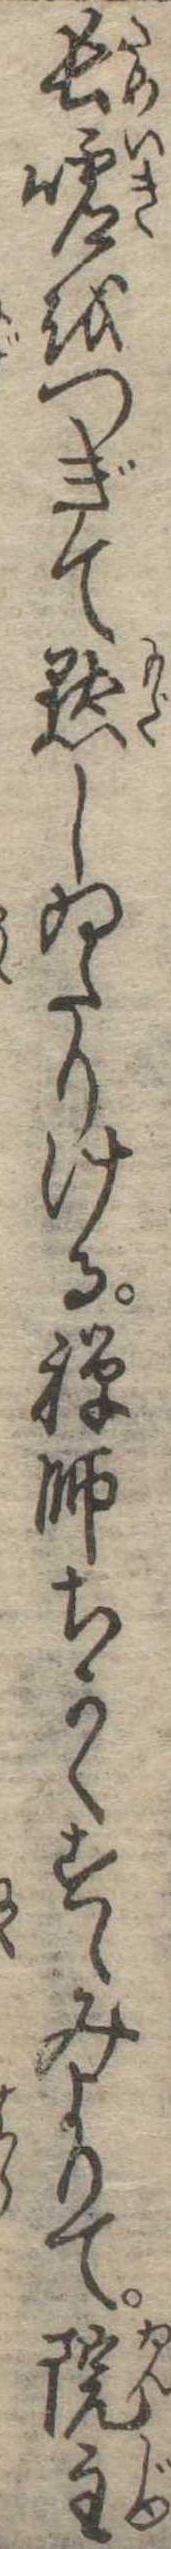
長嘘をつぎて黙しゐたりける禅師ちかくすゝみよりて院主